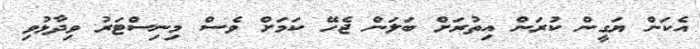
އެކަން ޔަގީން ކުރަން އިތުރަށް ބަލަން ޖެހޭ ކަމަށް ވެސް މިނިސްޓަރު ވިދާޅުވި